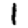
Digit: 1